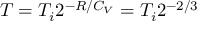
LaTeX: T = T _ { i } 2 ^ { - R / C _ { V } } = T _ { i } 2 ^ { - 2 / 3 }